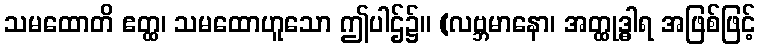
သမထောတိ ဧတ္ထ၊ သမထောဟူသော ဤပါဌ်၌။ (လဗ္ဘမာနော၊ အတ္ထုဒ္ဓါရ အဖြစ်ဖြင့်